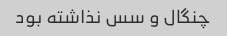
چنگال و سس نذاشته بود